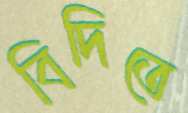
বিদিতে